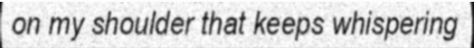
on my shoulder that keeps whispering